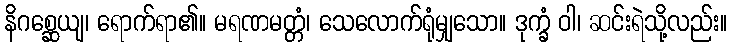
နိဂစ္ဆေယျ၊ ရောက်ရာ၏။ မရဏမတ္တံ၊ သေလောက်ရုံမျှသော။ ဒုက္ခံ ဝါ၊ ဆင်းရဲသို့လည်း။